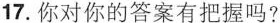
17.你对你的答案有把握吗?